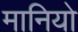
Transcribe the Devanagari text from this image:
मानियो